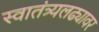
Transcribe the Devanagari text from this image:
स्वातंत्र्यलढ्यावर